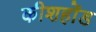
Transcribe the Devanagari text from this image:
कीशहोंड